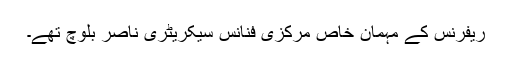
ریفرنس کے مہمان خاص مرکزی فنانس سیکریٹری ناصر بلوچ تھے۔